Vaccine operations Central Provinces 1900-1911 - 1900-1911
Year: 1900
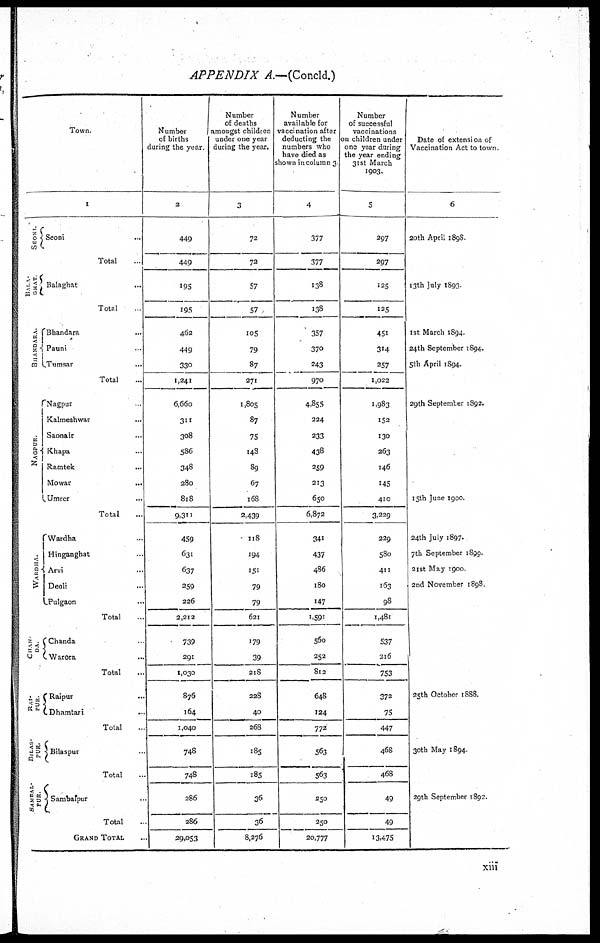
APPENDIX A.—(Concld.)
Town.
1
SEONI.
BALA-
GHAT
BHANDARA.
NAGPUR.
WARDHA.
CHAN-
DA.
RAI-
PUR.
BILAS-
PUR.
SAMBAL¬
PUR.
Seoni ...
Total ...
Balaghat ...
Total ...
Bhandara ...
Pauni ...
Tumsar ...
Total ...
Nagpur ...
Kalmeshwar
...
Saonair ...
Khapa ...
Ramtek
...
Mowar
...
Umrer ...
Total ...
Wardha ...
Hinganghat ...
Arvi ...
Deoli ...
Pulgaon ...
Total ...
Chanda ...
Watora ...
Total ...
Raipur ...
Dhamtari ...
Total ...
Bilaspur ...
Total ...
Sambalpur ...
Total ...
GRAND TOTAL ...
Number
of births
during the year.
2
449
449
195
195
462
449
330
1,241
6,660
311
308
586
348
280
818
9,311
459
631
637
259
226
2,212
739
291
1,030
876
164
1,040
748
748
286
286
29,053
Number
of deaths
amongst children
under one year
during the year.
3
72
72
57
57
105
79
87
271
1,805
87
75
148
89
67
168
2,439
118
194
151
79
79
621
179
39
218
228
40
268
185
185
36
36
8,276
Number
available for
vaccination after
deducting the
numbers who
have died as
shown in column 3
4
377
377
138
138
357
370
243
970
4,855
224
233
438
259
213
650
6,872
341
437
486
180
147
1,591
560
252
812
648
124
772
563
563
250
250
20,777
Number
of successful
vaccinations
on children under
one year during
the year ending
31st March
1903.
5
297
297
125
125
451
314
257
1,022
1,983
152
130
263
146
145
410
3,229
229
580
411
163
98
1,481
537
216
753
372
75
447
468
468
49
49
13,475
Date of extension of
Vaccination Act to town.
6
20th April 1898
13th July 1893
1st March 1894.
24th September 1894.
5th April 1894.
29th September 1892.
15th June 1900
24th July 1897.
7th September 1899
21st May 1900
2nd November 1898.
25th October 1888.
30th May 1894
29th September 1892.
xiii